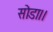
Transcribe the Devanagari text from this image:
सोडा।।